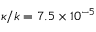
\kappa / k = 7 . 5 \times 1 0 ^ { - 5 }